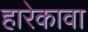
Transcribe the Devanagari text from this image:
हारेकावा